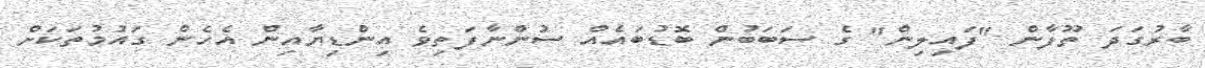
ބާރުގަދަ ތޫފާން "ފައިލިން" ގެ ސަބަބުން ބޮޑުބައެއް ސުންނާފަތިވެ އިންޑިޔާއިން އެހެން ގައުމުތަކަށް